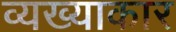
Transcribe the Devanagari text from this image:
व्यख्याकार